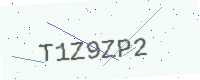
Text: T1Z9ZP2